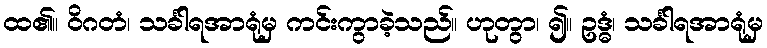
ထ၏။ ဝိဂတံ၊ သင်္ခါရအာရုံမှ ကင်းကွာခဲ့သည်။ ဟုတွာ၊ ၍။ ဥဒ္ဓံ၊ သင်္ခါရအာရုံမှ